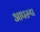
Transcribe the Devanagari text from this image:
आपरुप